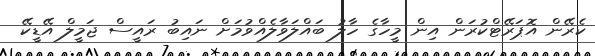
ކެރޭން އޮޕަރޭޓްކުރަން އިން މީހާގެ ހާލު ބައްލަވާލެއްވުމަށް ނައިބު ރައީސް ޖަމީލް އޭޑީކޭ